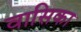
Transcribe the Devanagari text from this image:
वासिका